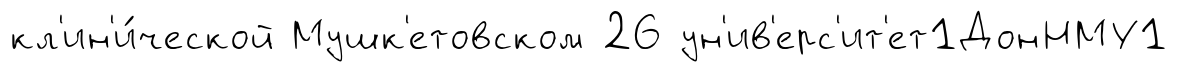
кл'ин'и́ческой Мушк'етовском 26 ун'ив'ерс'ит'ет1ДонНМУ1